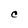
Character: C